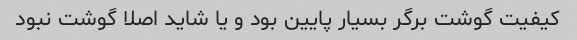
کیفیت گوشت برگر بسیار پایین بود و یا شاید اصلا گوشت نبود